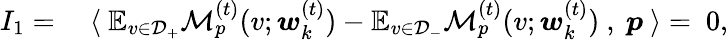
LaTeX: \begin{array}{rl}{I_{1}=}&{~\langle~\mathbb{E}_{v\in\mathcal{D}_{+}}\mathcal{M}_{p}^{(t)}(v;{\boldsymbol w}_{k}^{(t)})-\mathbb{E}_{v\in\mathcal{D}_{-}}\mathcal{M}_{p}^{(t)}(v;{\boldsymbol w}_{k}^{(t)})~,~{\boldsymbol p}~\rangle=~0,}\end{array}